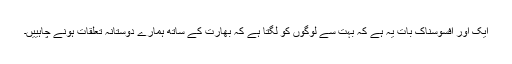
ایک اور افسوسناک بات یہ ہے کہ بہت سے لوگوں کو لگتا ہے کہ بھارت کے ساتھ ہمارے دوستانہ تعلقات ہونے چاہییں۔